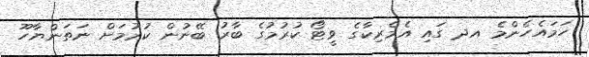
ހަމައެހެންމެ އދ ގައި އެމެރިކާގެ ވީޓޯ ކުރުމުގެ ބާރު ބޭނުން ކުރުމަށް ނަތަންޔާހޫ